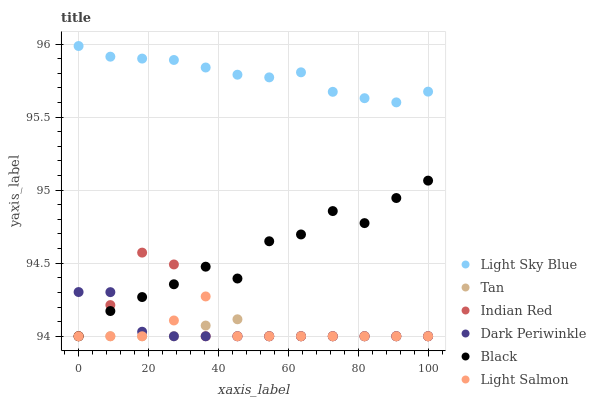
| xaxis_label | Light Sky Blue | Tan | Indian Red | Dark Periwinkle | Black | Light Salmon |
 | --- | --- | --- | --- | --- | --- | --- |
 | 0 | 96 | 94 | 94 | 94.3 | 94 | 94 |
 | 9.09 | 95.9 | 94 | 94.2 | 94.3 | 94.2 | 94 |
 | 18.2 | 95.9 | 94 | 94.6 | 94 | 94.3 | 94 |
 | 27.3 | 95.9 | 94 | 94.5 | 94 | 94.4 | 94.1 |
 | 36.4 | 95.8 | 94.1 | 94 | 94 | 94.5 | 94.3 |
 | 45.5 | 95.8 | 94.1 | 94 | 94 | 94.4 | 94 |
 | 54.5 | 95.8 | 94 | 94 | 94 | 94.7 | 94 |
 | 63.6 | 95.8 | 94 | 94 | 94 | 94.7 | 94 |
 | 72.7 | 95.7 | 94 | 94 | 94 | 94.9 | 94 |
 | 81.8 | 95.6 | 94 | 94 | 94 | 94.8 | 94 |
 | 90.9 | 95.6 | 94 | 94 | 94 | 94.9 | 94 |
 | 100 | 95.7 | 94 | 94 | 94 | 95.1 | 94 |